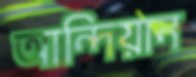
আন্দিয়ান